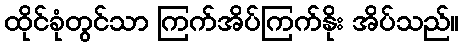
ထိုင်ခုံတွင်သာ ကြက်အိပ်ကြက်နိုး အိပ်သည်။